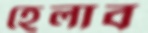
হেলাব